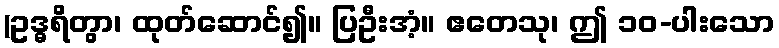
(ဥဒ္ဓရိတွာ၊ ထုတ်ဆောင်၍။ ပြဦးအံ့။ ဧတေသု၊ ဤ ၁၀-ပါးသော